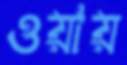
ওয়ায়